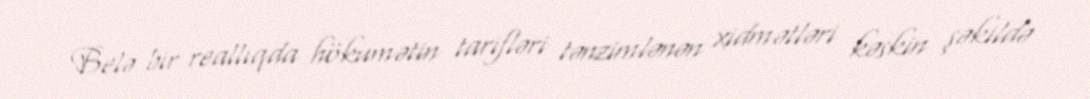
Belə bir reallıqda hökumətin tarifləri tənzimlənən xidmətləri kəskin şəkildə